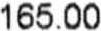
165.00